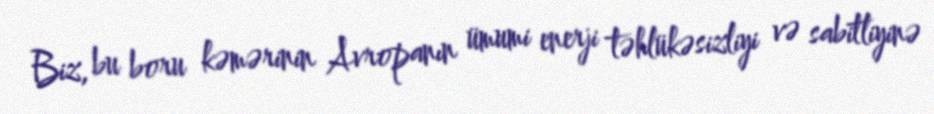
Biz, bu boru kəmərinin Avropanın ümumi enerji təhlükəsizliyi və sabitliyinə